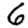
Digit: 6